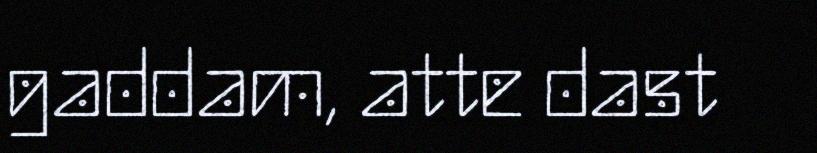
gaddam, atte dast